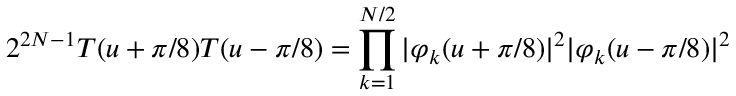
2 ^ { 2 N - 1 } T ( u + \pi / 8 ) T ( u - \pi / 8 ) = \prod _ { k = 1 } ^ { N / 2 } | \varphi _ { k } ( u + \pi / 8 ) | ^ { 2 } | \varphi _ { k } ( u - \pi / 8 ) | ^ { 2 }